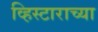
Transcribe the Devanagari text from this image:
व्हिस्टाराच्या